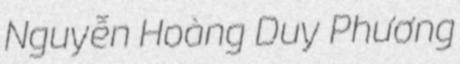
Nguyễn Hoàng Duy Phương